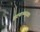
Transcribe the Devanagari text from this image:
हृदयाभ्यनुज्ञा।